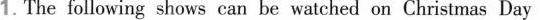
1.The following shows can be waiched on Christmas Day